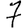
Digit: 7